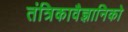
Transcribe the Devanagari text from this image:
तंत्रिकावैज्ञानिको